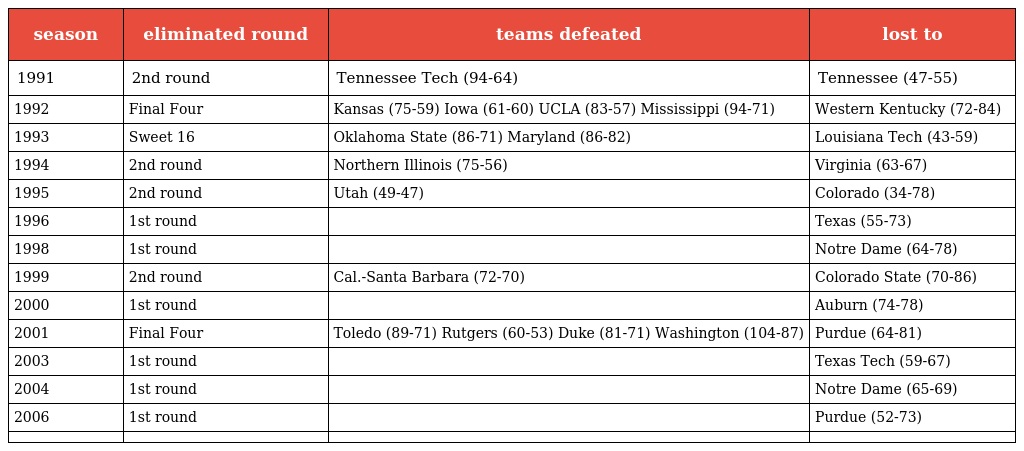
| season | eliminated round | teams defeated | lost to |
 | --- | --- | --- | --- |
 | 1991 | 2nd round | Tennessee Tech (94-64) | Tennessee (47-55) |
 | 1992 | Final Four | Kansas (75-59) Iowa (61-60) UCLA (83-57) Mississippi (94-71) | Western Kentucky (72-84) |
 | 1993 | Sweet 16 | Oklahoma State (86-71) Maryland (86-82) | Louisiana Tech (43-59) |
 | 1994 | 2nd round | Northern Illinois (75-56) | Virginia (63-67) |
 | 1995 | 2nd round | Utah (49-47) | Colorado (34-78) |
 | 1996 | 1st round |  | Texas (55-73) |
 | 1998 | 1st round |  | Notre Dame (64-78) |
 | 1999 | 2nd round | Cal.-Santa Barbara (72-70) | Colorado State (70-86) |
 | 2000 | 1st round |  | Auburn (74-78) |
 | 2001 | Final Four | Toledo (89-71) Rutgers (60-53) Duke (81-71) Washington (104-87) | Purdue (64-81) |
 | 2003 | 1st round |  | Texas Tech (59-67) |
 | 2004 | 1st round |  | Notre Dame (65-69) |
 | 2006 | 1st round |  | Purdue (52-73) |
 |  |  |  |  |